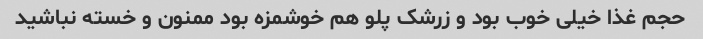
حجم غذا خیلی خوب بود و زرشک پلو هم خوشمزه بود ممنون و خسته نباشید